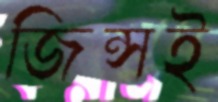
জিন্সই